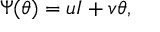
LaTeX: \Psi ( \theta ) = u I + v \theta ,